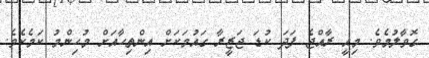
ގޮވާލުމެވެ. މިއީ ރާއްޖެ ފަދަ ކުޑަ ޖަޒީރާ ގައުމަކަށް އިންތިހާއަށް މުހިންމު ކަމެކެވެ.